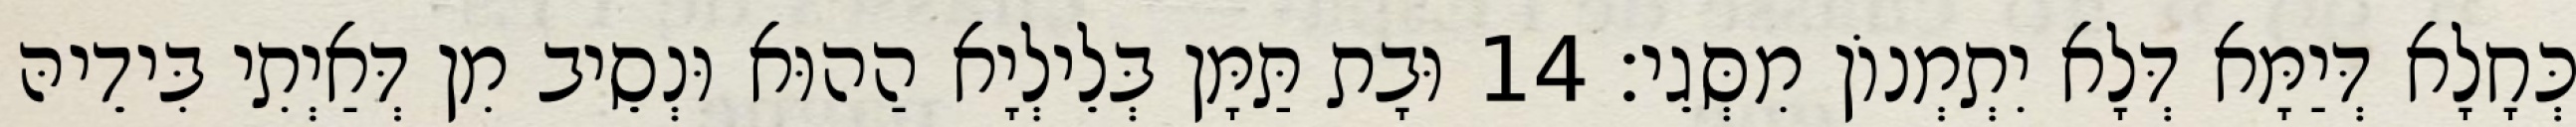
כְּחָלָא דְּיַמָּא דְּלָא יִתְמְנוֹן מִסְּגֵי׃ 14 וּבָת תַּמָּן בְּלֵילְיָא הַהוּא וּנְסֵיב מִן דְּאַיְתִי בִּידֵיהּ